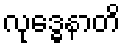
လုဒ္ဓေနာတိ